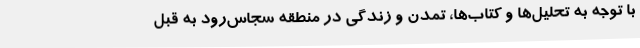
با توجه به تحلیل‌ها و کتاب‌ها، تمدن و زندگی در منطقه سجاس‌رود به قبل